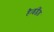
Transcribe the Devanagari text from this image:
है।इंग्लैंड